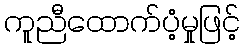
ကူညီထောက်ပံ့မှုဖြင့်